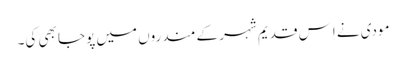
مودی نے اِس قدیم شہر کے مندروں میں پوجا بھی کی۔